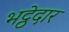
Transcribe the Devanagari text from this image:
भट्ठेदार